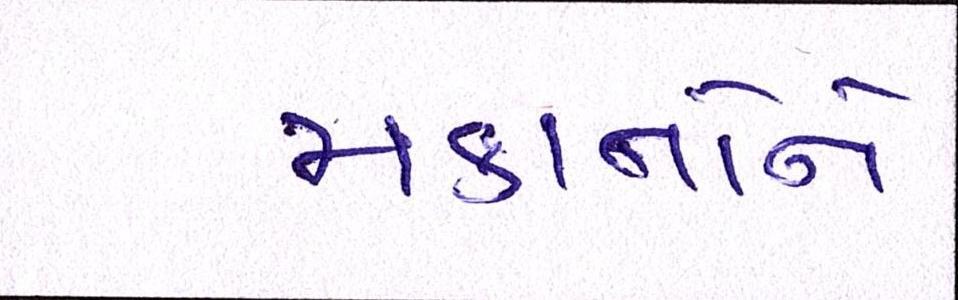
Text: મકાનોને